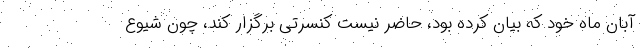
آبان ماه خود که بیان کرده بود، حاضر نیست کنسرتی برگزار کند، چون شیوع